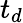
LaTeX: t_{d}